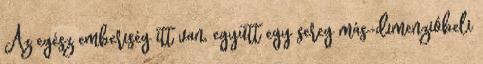
Az egész emberiség itt van, együtt egy sereg más-dimenzióbeli